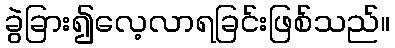
ခွဲခြား၍လေ့လာရခြင်းဖြစ်သည်။